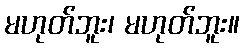
မဟုတ်ဘူး၊ မဟုတ်ဘူး။